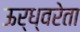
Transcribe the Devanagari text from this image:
ऊर्ध्वरेता